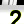
Digit: 2